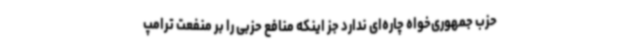
حزب جمهوری‌خواه چاره‌ای ندارد جز اینکه منافع حزبی را بر منفعت ترامپ